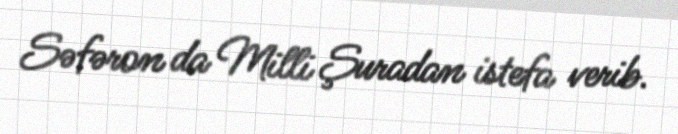
Səfəron da Milli Şuradan istefa verib.